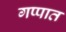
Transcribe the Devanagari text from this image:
गप्पात